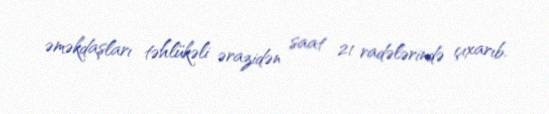
əməkdaşları təhlükəli ərazidən saat 21 radələrində çıxarıb.